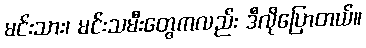
မင်းသား၊ မင်းသမီးတွေကလည်း ဒီလိုပြောတယ်။